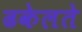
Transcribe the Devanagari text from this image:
ढकेलते